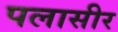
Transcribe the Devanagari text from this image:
पलासीर